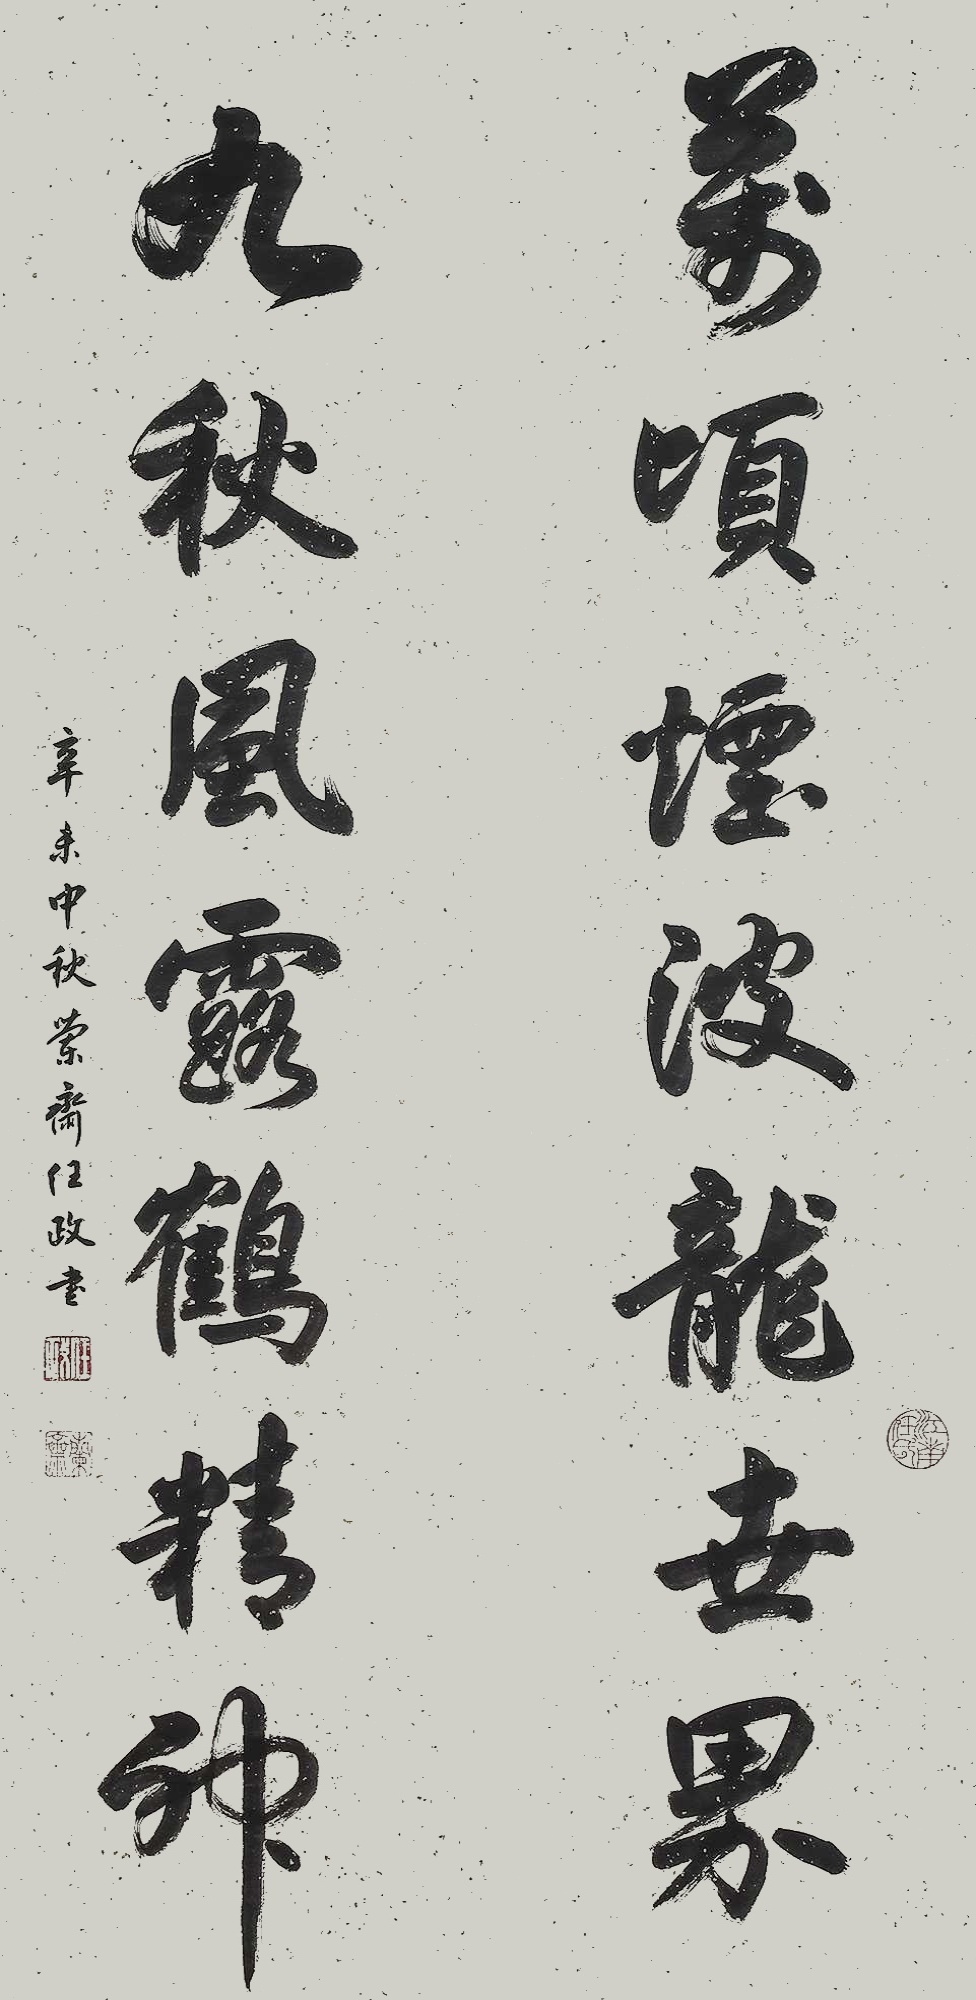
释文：万顷烟波龙世界，九秋风露鹤精神。辛未中秋兰斋任政书。